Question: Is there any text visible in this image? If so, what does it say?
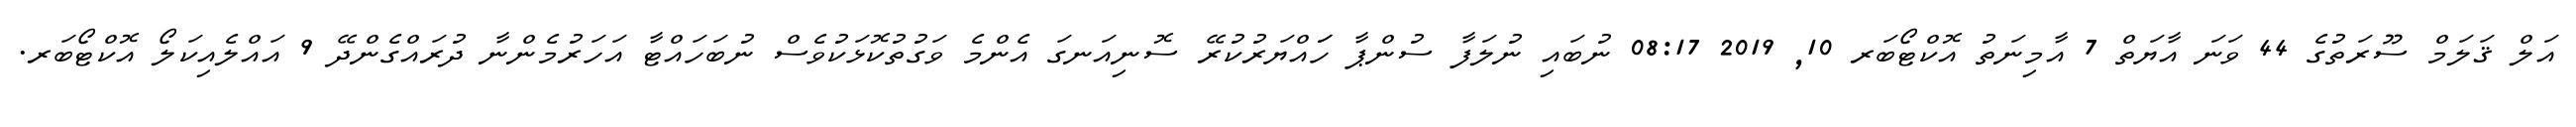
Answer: އަލް ޤަލަމް ސޫރަތުގެ 44 ވަނަ އާޔަތް 7 އާމިނަތު އޮކްޓޯބަރ 10, 2019 08:17 ނުބައި ނުލަފާ ސުންޕާ ހަައްޔަރުކުރޭ ސޮނިއަނގަ އެންމެ ވަގުތުކޮޅަކުވެސް ނުބަހައްޓާ އަހަރުމެންނާ ދުރައްގެންދޭ 9 އައްލެއިކަލޯ އޮކްޓޯބަރ.